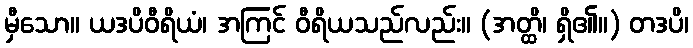
မှီသော။ ယဒပိဝီရိယံ၊ အကြင် ဝီရိယသည်လည်း။ (အတ္ထိ၊ ရှိ၏။) တဒပိ၊